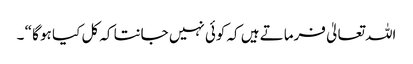
اللہ تعالیٰ فرماتے ہیں کہ کوئی نہیں جانتا کہ کل کیا ہو گا “ ۔